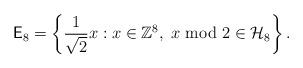
LaTeX: \begin{align*}\mathsf{E}_8 = \left\{\frac{1}{\sqrt{2}} x : x \in \mathbb{Z}^8 ,\; x \text{ mod } 2 \in \mathcal{H}_8\right\}.\end{align*}